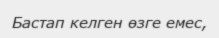
Бастап келген өзге емес,